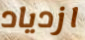
ازدياد